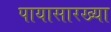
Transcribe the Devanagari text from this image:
पायासारख्या